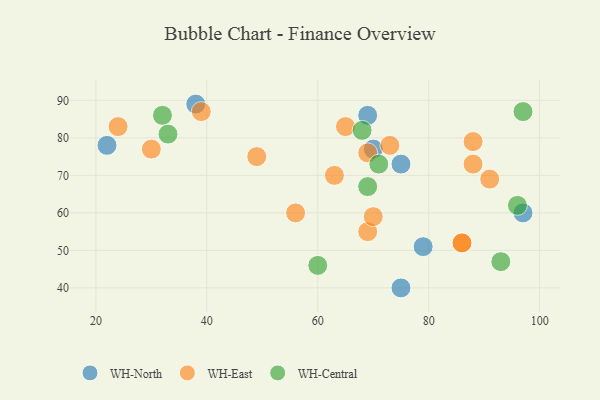
{"axis": {"x": "GDP", "y": "Life Expectancy"}, "legend": ["WH-Central", "WH-East", "WH-North"], "data": [{"x": "97", "y": 60, "type": "WH-North"}, {"x": "75", "y": 73, "type": "WH-North"}, {"x": "70", "y": 77, "type": "WH-North"}, {"x": "75", "y": 40, "type": "WH-North"}, {"x": "69", "y": 86, "type": "WH-North"}, {"x": "79", "y": 51, "type": "WH-North"}, {"x": "38", "y": 89, "type": "WH-North"}, {"x": "22", "y": 78, "type": "WH-North"}, {"x": "88", "y": 73, "type": "WH-East"}, {"x": "91", "y": 69, "type": "WH-East"}, {"x": "88", "y": 79, "type": "WH-East"}, {"x": "69", "y": 55, "type": "WH-East"}, {"x": "69", "y": 76, "type": "WH-East"}, {"x": "24", "y": 83, "type": "WH-East"}, {"x": "86", "y": 52, "type": "WH-East"}, {"x": "65", "y": 83, "type": "WH-East"}, {"x": "70", "y": 59, "type": "WH-East"}, {"x": "56", "y": 60, "type": "WH-East"}, {"x": "30", "y": 77, "type": "WH-East"}, {"x": "73", "y": 78, "type": "WH-East"}, {"x": "86", "y": 52, "type": "WH-East"}, {"x": "63", "y": 70, "type": "WH-East"}, {"x": "39", "y": 87, "type": "WH-East"}, {"x": "49", "y": 75, "type": "WH-East"}, {"x": "93", "y": 47, "type": "WH-Central"}, {"x": "32", "y": 86, "type": "WH-Central"}, {"x": "97", "y": 87, "type": "WH-Central"}, {"x": "60", "y": 46, "type": "WH-Central"}, {"x": "96", "y": 62, "type": "WH-Central"}, {"x": "71", "y": 73, "type": "WH-Central"}, {"x": "68", "y": 82, "type": "WH-Central"}, {"x": "69", "y": 67, "type": "WH-Central"}, {"x": "33", "y": 81, "type": "WH-Central"}]}